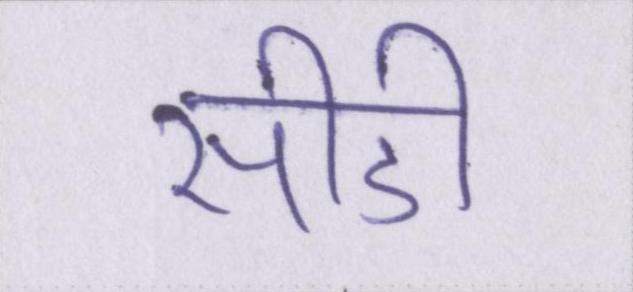
सीडी